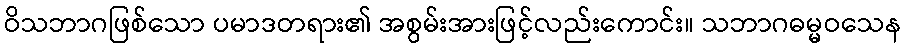
ဝိသဘာဂဖြစ်သော ပမာဒတရား၏ အစွမ်းအားဖြင့်လည်းကောင်း။ သဘာဂဓမ္မဝသေန